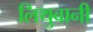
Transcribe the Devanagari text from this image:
लिथुवानी